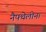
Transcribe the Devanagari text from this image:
नैफ्थेलीन।